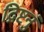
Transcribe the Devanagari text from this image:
द्रिष्टनुं